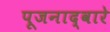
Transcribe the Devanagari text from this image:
पूजनाद्वारे